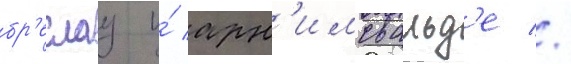
бр'еслау и́ арн'имсвальд'е //